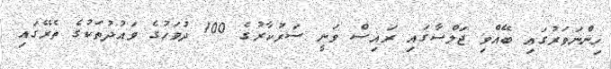
ހިންނަވަރުގައި ބޭއްވި ޖަލްސާގައި ރައިސް ވަނީ ސަރުކާރުގެ 100 ދުވަހުގެ ވައުދުތަކުގެ ތެރޭގައި